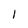
Character: 1